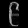
Digit: ၉